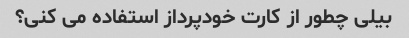
بیلی چطور از کارت خودپرداز استفاده می کنی؟